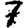
Digit: 7